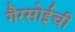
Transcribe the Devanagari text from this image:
गैरसोईची